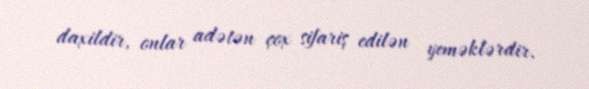
daxildir, onlar adətən çox sifariş edilən yeməklərdir.